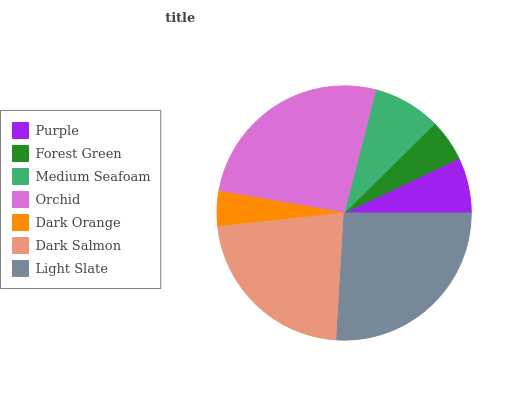
| Purple | Forest Green | Medium Seafoam | Orchid | Dark Orange | Dark Salmon | Light Slate |
 | --- | --- | --- | --- | --- | --- | --- |
 | 7.07% | 5.32% | 8.61% | 26.3% | 4.47% | 22.3% | 26% |